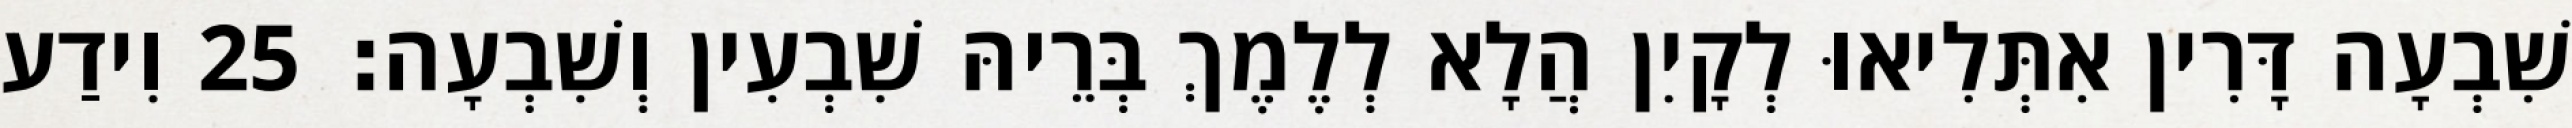
שִׁבְעָה דָּרִין אִתְּלִיאוּ לְקָיִן הֲלָא לְלֶמֶךְ בְּרֵיהּ שִׁבְעִין וְשִׁבְעָה׃ 25 וִידַע